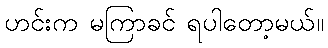
ဟင်းက မကြာခင် ရပါတော့မယ်။